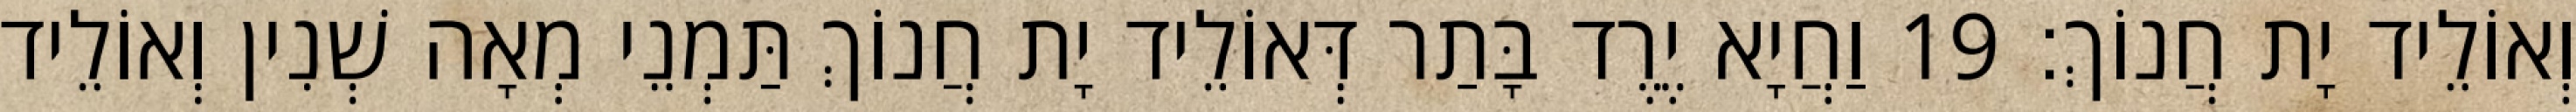
וְאוֹלֵיד יָת חֲנוֹךְ׃ 19 וַחֲיָא יֶרֶד בָּתַר דְּאוֹלֵיד יָת חֲנוֹךְ תַּמְנֵי מְאָה שְׁנִין וְאוֹלֵיד